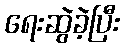
ရေးဆွဲခဲ့ပြီး